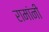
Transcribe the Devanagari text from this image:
रामांनी